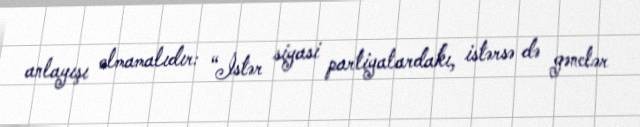
anlayışı olmamalıdır: “İstər siyasi partiyalardakı, istərsə də gənclər